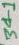
Text: 34-1